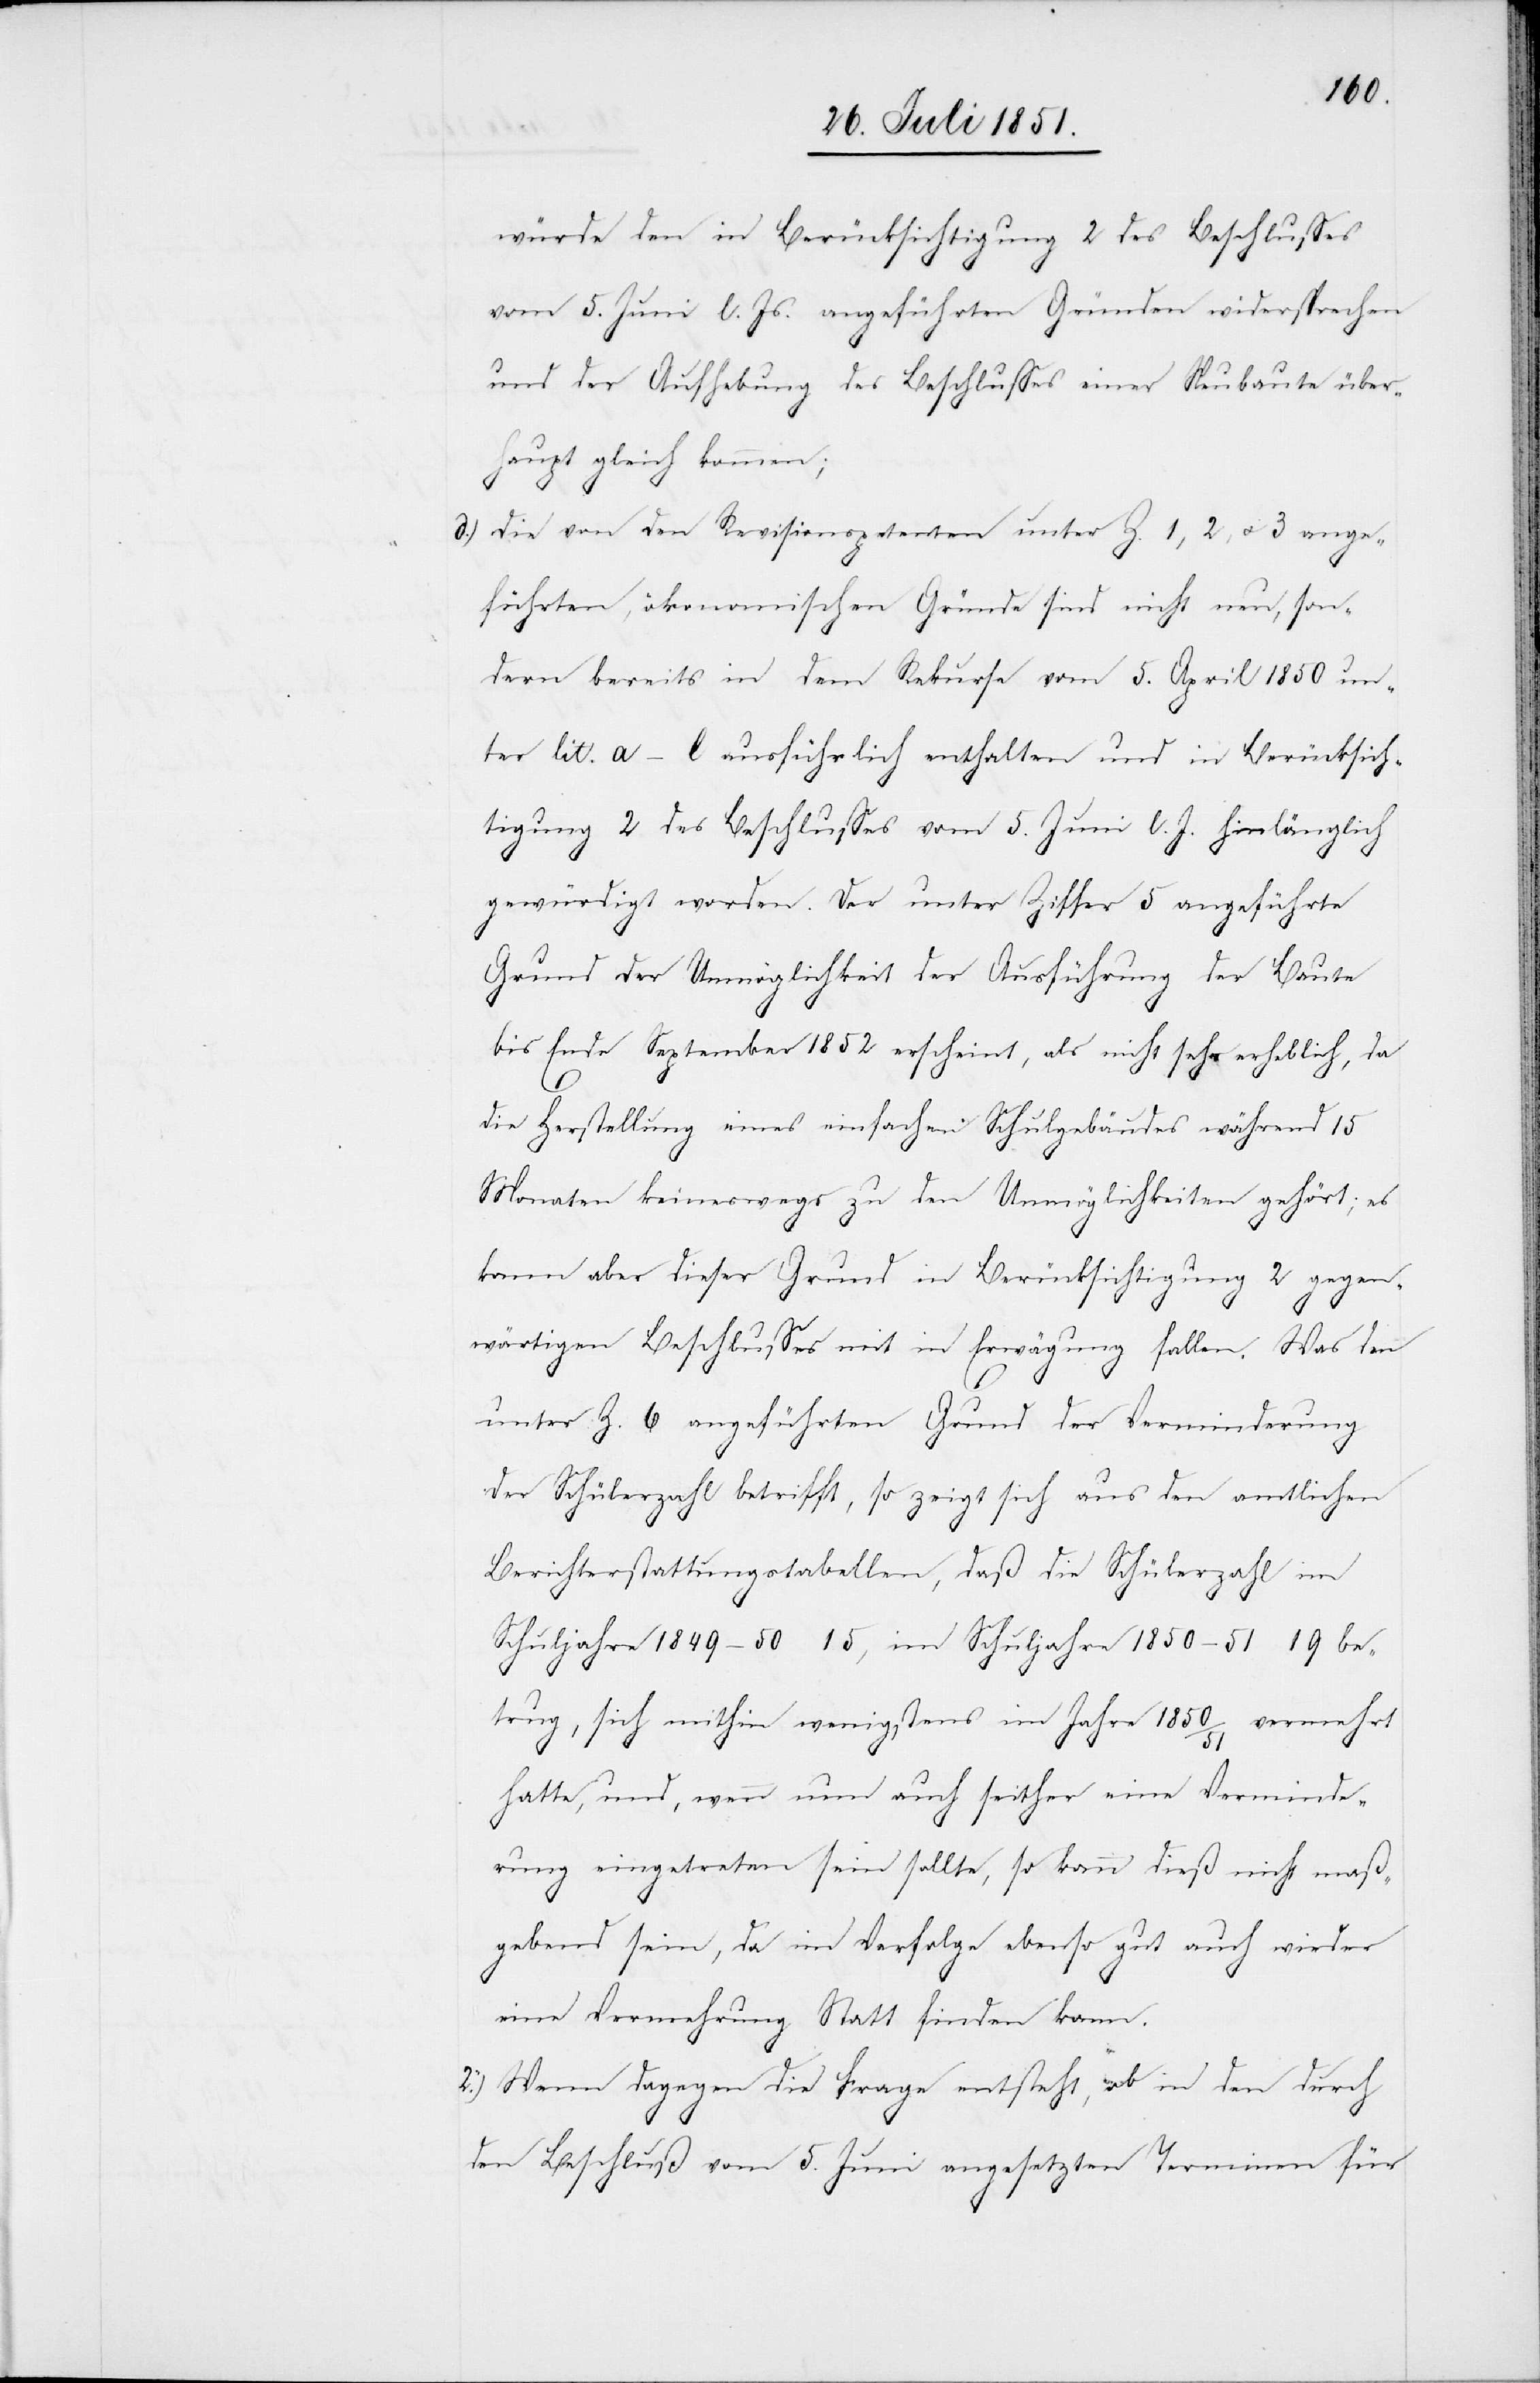
würde den in Berücksichtigung 2 des Beschlusses
vom 5. Juni l. Js. angeführten Gründen widersprechen
und der Aufhebung des Beschlusses einer Neubaute über¬
haupt gleich kommen;
d.)
die von den Revisionspetenten unter Z. 1, 2, & 3 ange¬
führten, ökonomischen Gründe sind nicht neu, son¬
dern bereits in dem Rekurse vom 5. April 1850 un¬
ter lit. a–l ausführlich enthalten und in Berücksich¬
tigung 2 des Beschlusses vom 5. Juni l. J. hinlänglich
gewürdigt worden. Der unter Ziffer 5 angeführte
Grund der Unmöglichkeit der Ausführung der Baute
bis Ende September 1852 erscheint, als nicht sehr erheblich, da
die Herstellung eines einfachen Schulgebäudes während 15
Monaten keineswegs zu den Unmöglichkeiten gehört; es
kann aber dieser Grund in Berücksichtigung 2 gegen¬
wärtigen Beschlusses mit in Erwägung fallen. Was den
unter Z. 6 angeführten Grund der Verminderung
der Schülerzahl betrifft, so zeigt sich aus den amtlichen
Berichterstattungstabellen, daß die Schülerzahl im
Schuljahre 1849–50 15, im Schuljahre 1850–51 19 be¬
trug, sich mithin wenigstens im Jahre 1850/51 vermehrt
hatte, und, wenn nun auch seither eine Verminde¬
rung eingetreten sein sollte, so kann dieß nicht maß¬
gebend sein, da im Verfolge ebenso gut auch wieder
eine Vermehrung Statt finden kann.
2.) Wenn dagegen die Frage entsteht, ob in den durch
den Beschluß vom 5. Juni angesetzen Terminen für